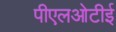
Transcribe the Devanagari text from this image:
पीएलओटीई